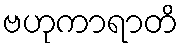
ဗဟုကာရာတိ